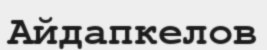
Айдапкелов